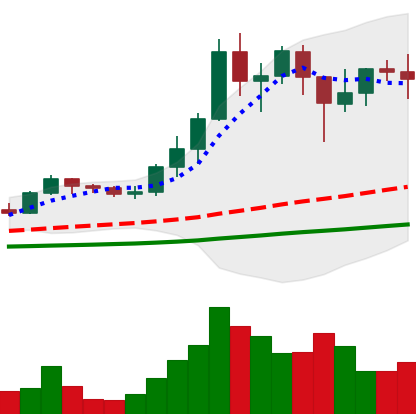
Ticker: ADA-USD
Chart end date: 2021-01-15
Forward return: 24.085%
Label: up_7plus